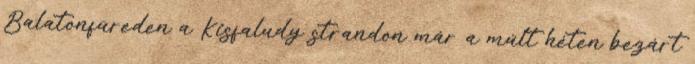
Balatonfüreden a Kisfaludy strandon már a múlt héten bezárt